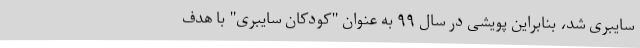
سایبری شد، بنابراین پویشی در سال ۹۹ به عنوان "کودکان سایبری" با هدف